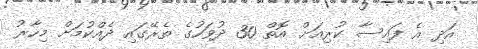
އަދި އެ ފައިސާ ކުރިއަށް އޮތް 30 ދުވަހުގެ ތެރޭގައި ދެއްކުމަށް މިހާރު